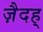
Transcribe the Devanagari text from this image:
ज़ैदह्